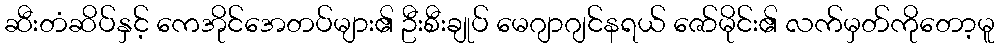
ဆီးတံဆိပ်နှင့် ကေအိုင်အေတပ်များ၏ ဦးစီးချုပ် မေဂျာဂျင်နရယ် ဇော်မိုင်း၏ လက်မှတ်ကိုတော့မူ